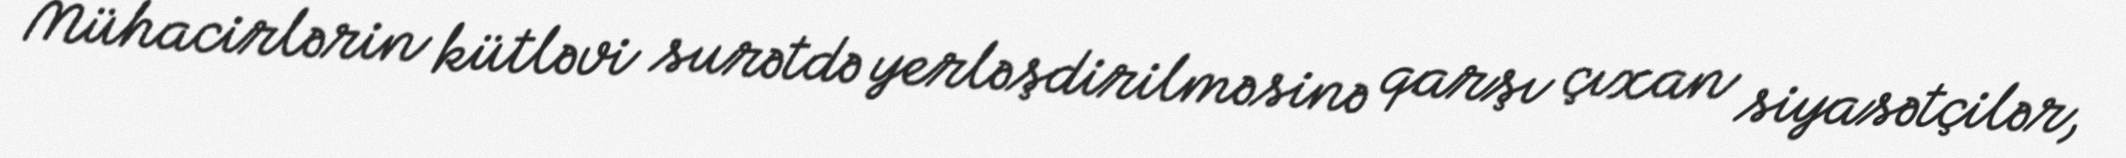
Mühacirlərin kütləvi surətdə yerləşdirilməsinə qarşı çıxan siyasətçilər,